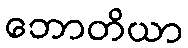
ဘောတိယာ